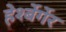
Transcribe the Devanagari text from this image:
हेर्श्बेर्गेर